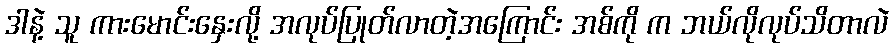
ဒါနဲ့ သူ ကားမောင်းနှေးလို့ အလုပ်ပြုတ်လာတဲ့အကြောင်း အစ်ကို က ဘယ်လိုလုပ်သိတာလဲ